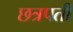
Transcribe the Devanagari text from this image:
छत्रपतीं